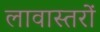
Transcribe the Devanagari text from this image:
लावास्तरों